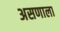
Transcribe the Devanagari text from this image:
असणाला